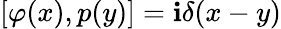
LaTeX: [\varphi(x),p(y)]=\mathbf{i}\delta(x-y)